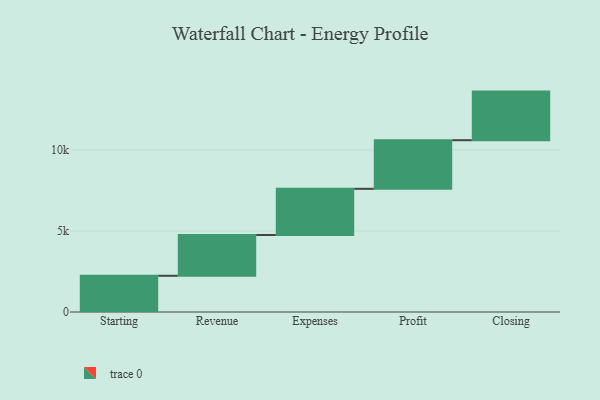
{"axis": {"x": "Step", "y": "Value"}, "legend": [""], "data": [{"x": "Starting", "y": 2236.0, "type": ""}, {"x": "Revenue", "y": 2517.0, "type": ""}, {"x": "Expenses", "y": 2850.0, "type": ""}, {"x": "Profit", "y": 3000, "type": ""}, {"x": "Closing", "y": 3000, "type": ""}]}